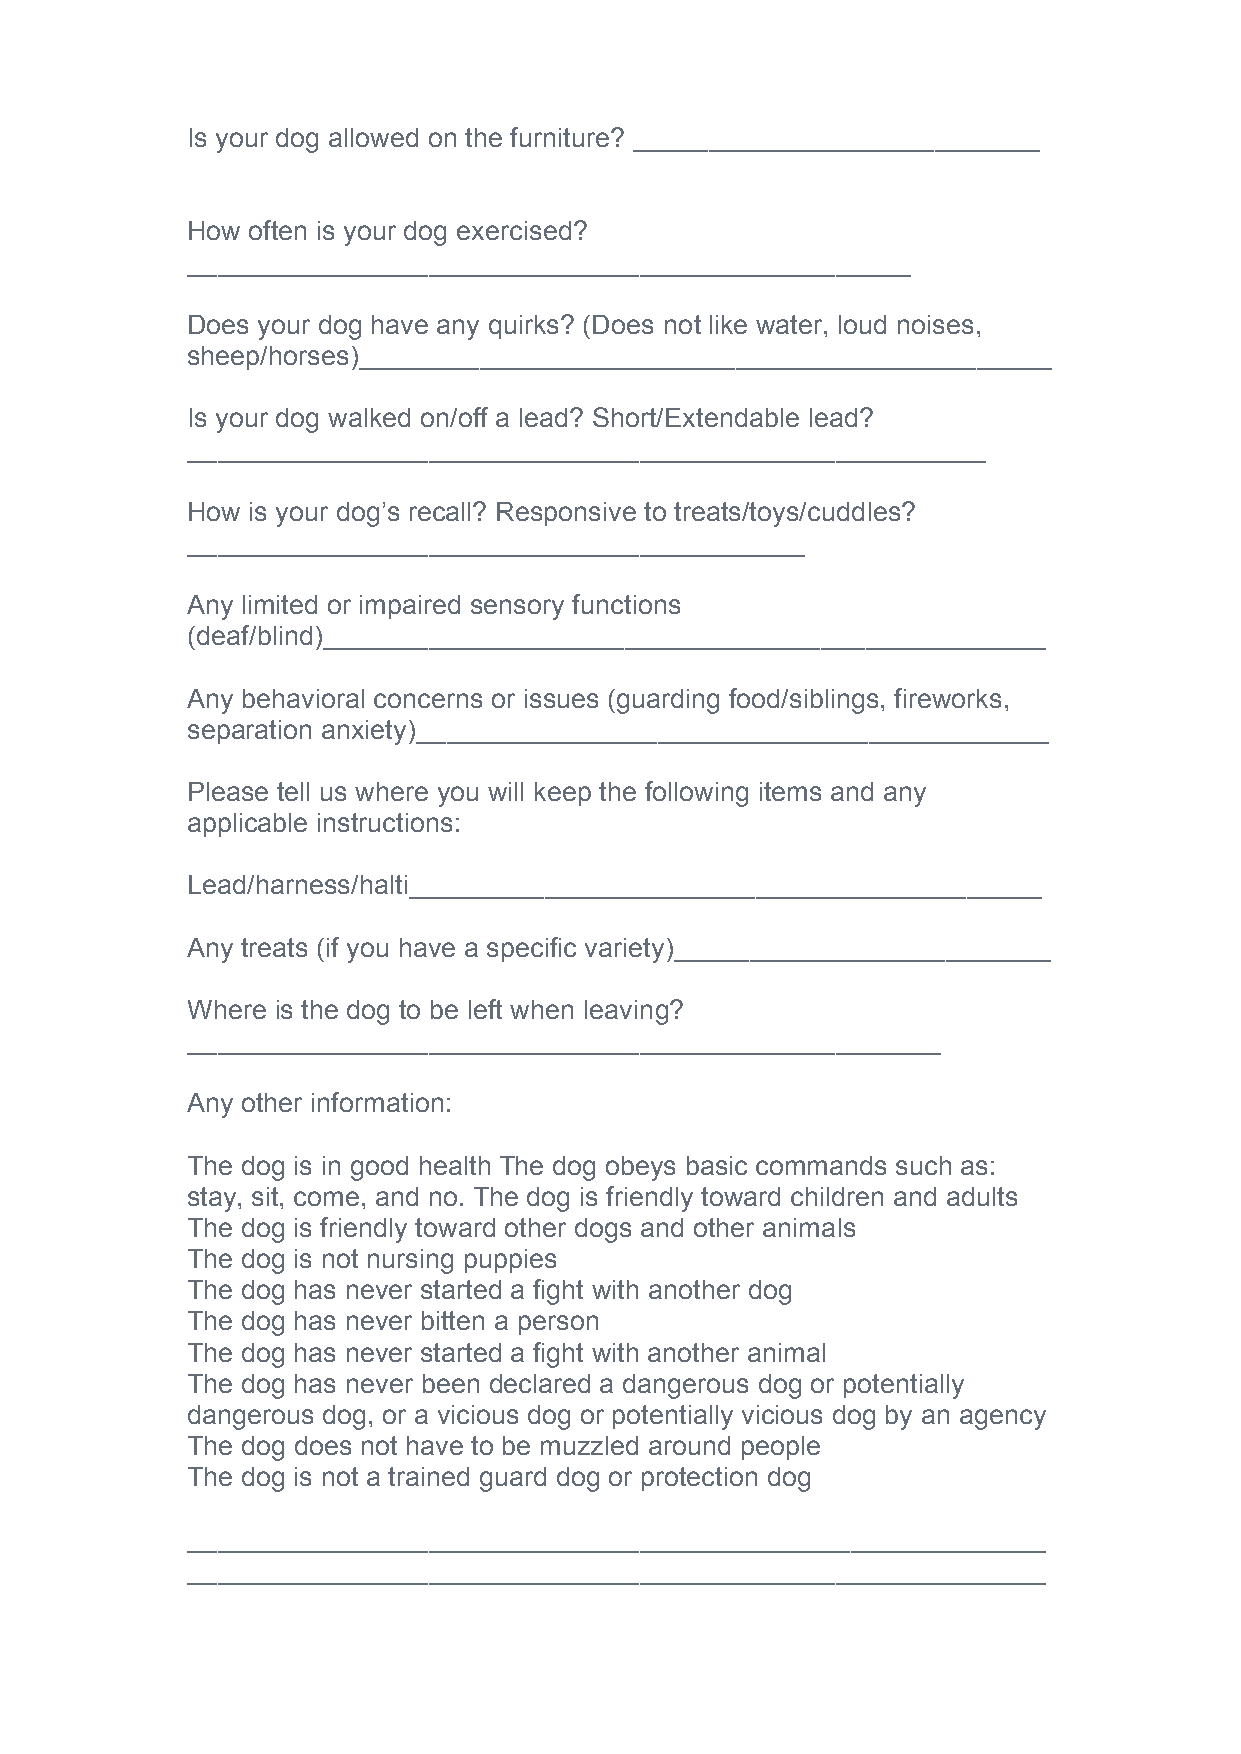
Is your dog allowed on the furniture? ___________________________
 How often is your dog exercised?
 ________________________________________________
 Does your dog have any quirks? (Does not like water, loud noises,
 sheep/horses)______________________________________________
 Is your dog walked on/off a lead? Short/Extendable lead?
 _____________________________________________________
 How is your dog’s recall? Responsive to treats/toys/cuddles?
 _________________________________________
 Any limited or impaired sensory functions
 (deaf/blind)________________________________________________
 Any behavioral concerns or issues (guarding food/siblings, fireworks,
 separation anxiety)__________________________________________
 Please tell us where you will keep the following items and any
 applicable instructions:
 Lead/harness/halti__________________________________________
 Any treats (if you have a specific variety)_________________________
 Where is the dog to be left when leaving?
 __________________________________________________
 Any other information:
 The dog is in good health The dog obeys basic commands such as:
 stay, sit, come, and no. The dog is friendly toward children and adults
 The dog is friendly toward other dogs and other animals
 The dog is not nursing puppies
 The dog has never started a fight with another dog
 The dog has never bitten a person
 The dog has never started a fight with another animal
 The dog has never been declared a dangerous dog or potentially
 dangerous dog, or a vicious dog or potentially vicious dog by an agency
 The dog does not have to be muzzled around people
 The dog is not a trained guard dog or protection dog
 _________________________________________________________
 _________________________________________________________